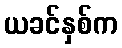
ယခင်နှစ်က